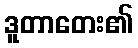
ဒူတာတေး၏